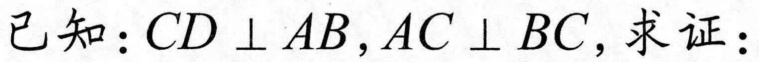
已知：$CD \perp AB,AC \perp BC$，求证：